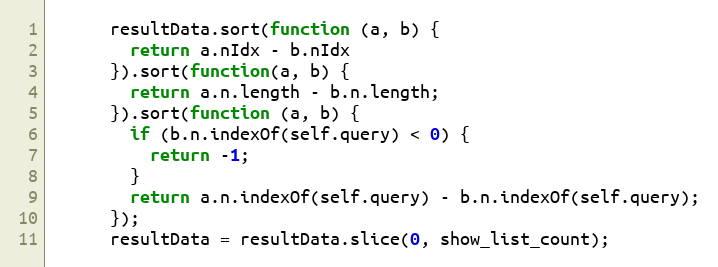
Language: JavaScript
      resultData.sort(function (a, b) {
        return a.nIdx - b.nIdx
      }).sort(function(a, b) {
        return a.n.length - b.n.length;
      }).sort(function (a, b) {
        if (b.n.indexOf(self.query) < 0) {
          return -1;
        }
        return a.n.indexOf(self.query) - b.n.indexOf(self.query);
      });
      resultData = resultData.slice(0, show_list_count);